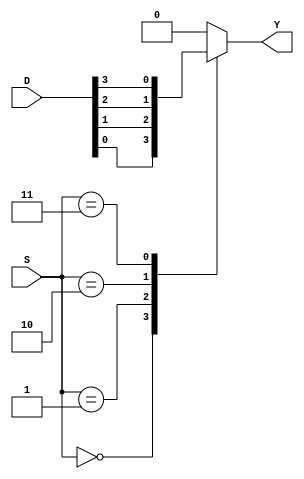
module mux(D,S,Y);
 input [7:0]D;
 input [2:0]S;
 output reg Y;
 always @(*)
 begin
	 case(S)
		 2'b000 : begin
			 Y = D[0];
		 end

		 2'b001 : begin
			 Y = D[1];
		 end

		 2'b010 : begin
			 Y = D[2];
		 end

		 2'b011 : begin
			 Y = D[3];
		 end

		 2'b100 : begin
			 Y = D[4];
		 end

		 2'b101 : begin
			 Y = D[5];
		 end

		 2'b110 : begin
			 Y = D[6];
		 end

		 2'b111 : begin
			 Y = D[7];
		 end
		 default : Y =1'b0;
	 endcase
 end
 endmodule